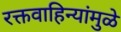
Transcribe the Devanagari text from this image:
रक्तवाहिन्यांमुळे